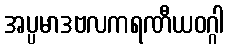
အပ္ပမာဒဗလကရဏီယဝဂ္ဂါ